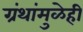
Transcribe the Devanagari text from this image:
ग्रंथांमुळेही